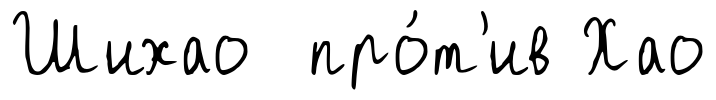
Шихао про́т'ив Хао